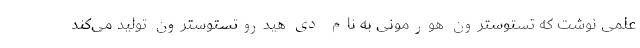
علمی نوشت که تستوسترون هورمونی به نام دی هیدروتستوسترون تولید می‌کند